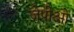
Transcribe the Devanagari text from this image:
जेपीओ